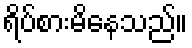
ရိပ်စားမိနေသည်။